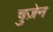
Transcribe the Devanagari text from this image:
चुज़ेन